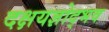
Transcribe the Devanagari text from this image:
दक्षयज्ञोद्भव